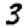
Digit: 3